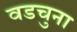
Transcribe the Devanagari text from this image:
वडचुना